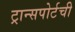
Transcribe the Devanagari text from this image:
ट्रान्सपोर्टची